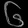
Digit: ၆